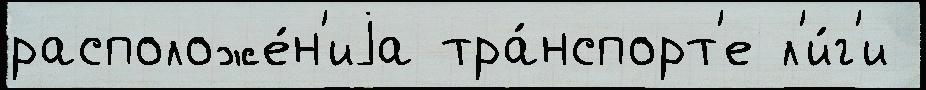
расположе́н'иjа тра́нспорт'е л'и́г'и